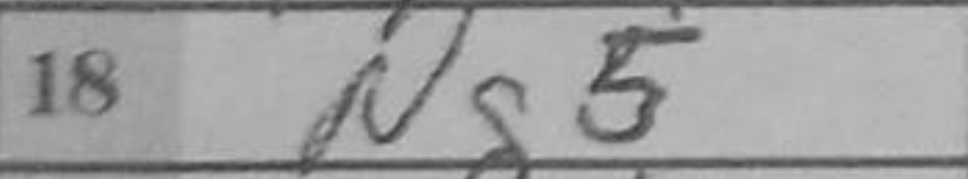
Transcription: Ng5